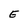
Character: E